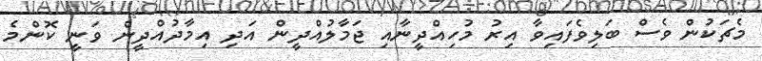
މެޗަކުން ވެސް ބަލިވެފައިވާ އިރު މުހިއްދީނާއި ޖަމާލުއްދީން އަދި އިމާދުއްދީން ވަނީ ކޮންމެ